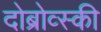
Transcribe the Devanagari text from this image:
दोब्रोव्स्की